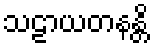
သဠာယတနန္တိ